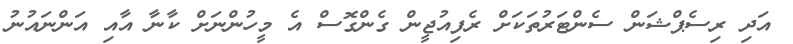
އަދި ރިސެޕްޝަން ސެންޓަރުތަކަށް ރެފިއުޖީން ގެންގޮސް އެ މީހުންނަށް ކާނާ އާއި އަންނައުނު